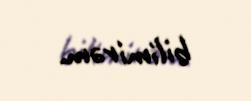
bilimirəm.